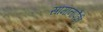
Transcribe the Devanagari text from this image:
सामानापैकी